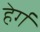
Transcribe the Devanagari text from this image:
हेर्ग